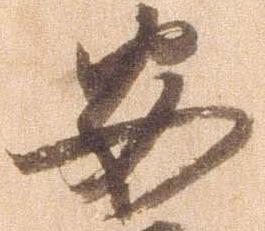
安